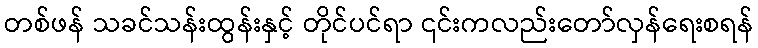
တစ်ဖန် သခင်သန်းထွန်းနှင့် တိုင်ပင်ရာ ၎င်းကလည်းတော်လှန်ရေးစရန်